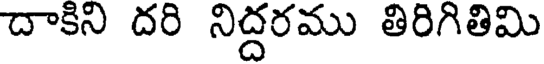
దాకిని దరి నిద్దరము తిరిగితిమి